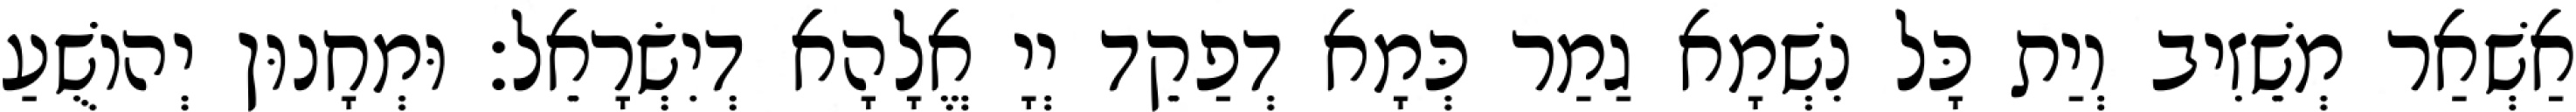
אַשְׁאַר מְשֵׁזִיב וְיַת כָּל נִשְׁמָא גַמַר כְּמָא דְפַקֵד יְיָ אֱלָהָא דְיִשְׂרָאֵל׃ וּמְחָנוּן יְהוֹשֻׁעַ